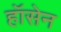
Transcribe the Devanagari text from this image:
हॉसेन